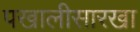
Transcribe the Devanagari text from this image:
पखालीसारखा